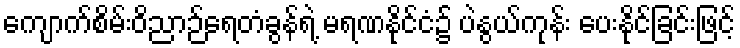
ကျောက်စိမ်းဝိညာဉ်ရေတံခွန်ရဲ့ မရဏနိုင်ငံ၌ ပဲနွယ်ကုန်း ပေးနိုင်ခြင်းဖြင့်